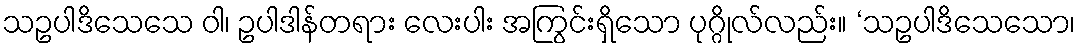
သဥပါဒိသေသေ ဝါ၊ ဥပါဒါန်တရား လေးပါး အကြွင်းရှိသော ပုဂ္ဂိုလ်လည်း။ ‘သဥပါဒိသေသော၊